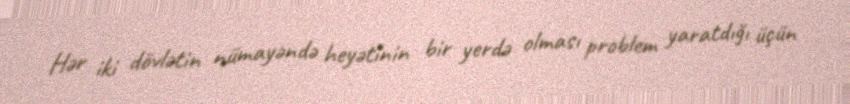
Hər iki dövlətin nümayəndə heyətinin bir yerdə olması problem yaratdığı üçün